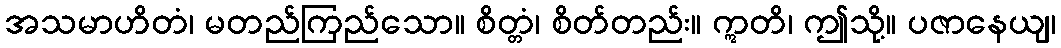
အသမာဟိတံ၊ မတည်ကြည်သော။ စိတ္တံ၊ စိတ်တည်း။ ဣတိ၊ ဤသို့။ ပဇာနေယျ၊